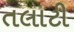
તલાટી